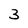
Character: 3